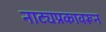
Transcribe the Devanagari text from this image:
नाट्यप्रकावरून